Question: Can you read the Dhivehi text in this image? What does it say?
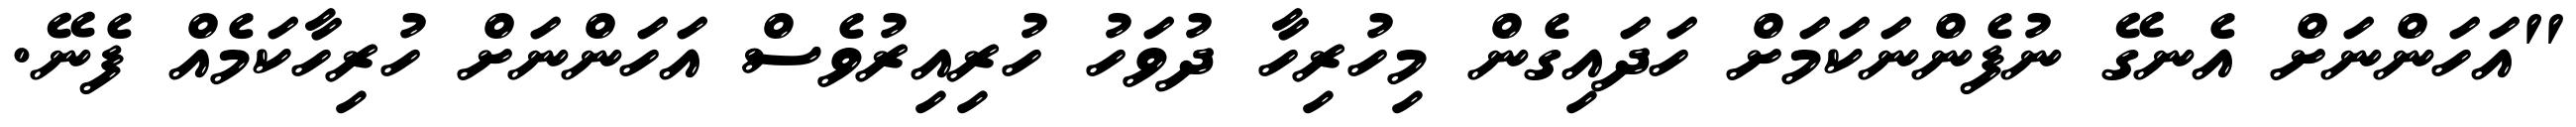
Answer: "އަހަންނަށް އެނގޭ ނުފެންނަކަމަށް ހަދައިގެން މިހުރިހާ ދުވަހު ހުރިއިރުވެސް އަހަންނަށް ހުރިހާކަމެއް ފެނޭ.